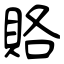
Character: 賂